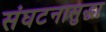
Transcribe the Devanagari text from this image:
संघटनासुद्धा